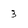
Character: 3